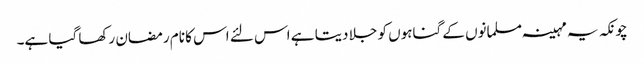
چونکہ یہ مہینہ مسلمانوں کے گناہوں کو جلا دیتا ہے اس لئے اس کا نام رمضان رکھا گیا ہے۔